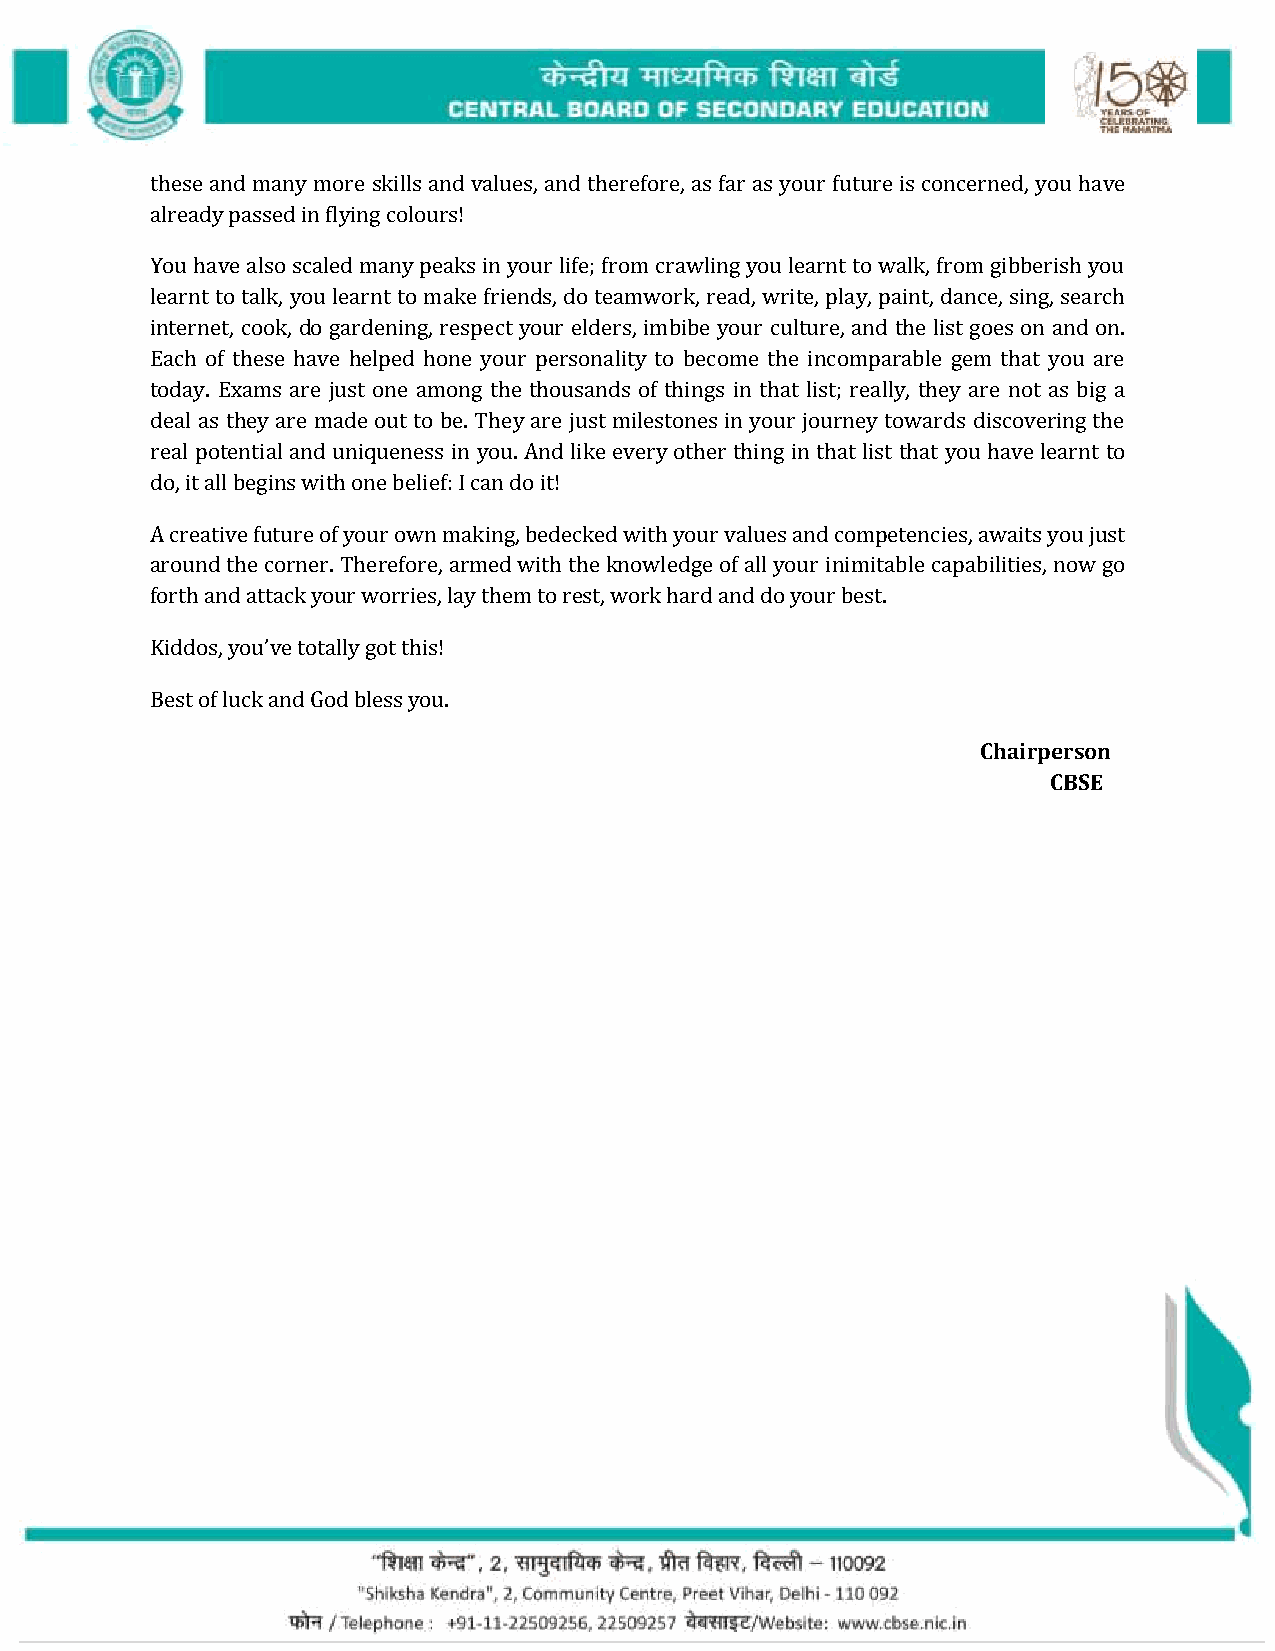
these and many more skills and values, and therefore, as far as your future is concerned, you have
 already passed in flying colours!
 You have also scaled many peaks in your life; from crawling you learnt to walk, from gibberish you
 learnt to talk, you learnt to make friends, do teamwork, read, write, play, paint, dance, sing, search
 internet, cook, do gardening, respect your elders, imbibe your culture, and the list goes on and on.
 Each of these have helped hone your personality to become the incomparable gem that you are
 today. Exams are just one among the thousands of things in that list; really, they are not as big a
 deal as they are made out to be. They are just milestones in your journey towards discovering the
 real potential and uniqueness in you. And like every other thing in that list that you have learnt to
 do, it all begins with one belief: I can do it!
 A creative future of your own making, bedecked with your values and competencies, awaits you just
 around the corner. Therefore, armed with the knowledge of all your inimitable capabilities, now go
 forth and attack your worries, lay them to rest, work hard and do your best.
 Kiddos, you’ve totally got this!
 Best of luck and God bless you.
 Chairperson
 CBSE